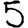
Digit: 5